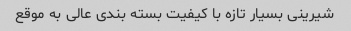
شیرینی بسیار تازه با کیفیت بسته بندی عالی به موقع